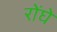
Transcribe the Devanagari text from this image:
रोंघे